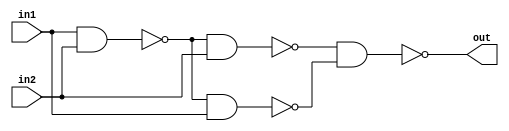
module xorfromnand (
    out, in1, in2 
);
    input in1, in2;
    output out;
    wire wire1, wire2, wire3;

    nand n1(wire1, in1, in2);
    nand n2(wire2, wire1, in1);
    nand n3(wire3, wire1, in2);
    nand n4(out, wire3, wire2);

    
endmodule